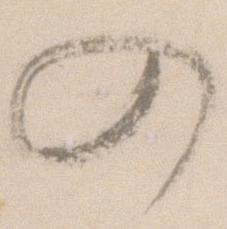
入